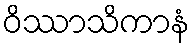
ဝိဿာသိကာနံ